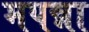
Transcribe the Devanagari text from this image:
मपन्ना